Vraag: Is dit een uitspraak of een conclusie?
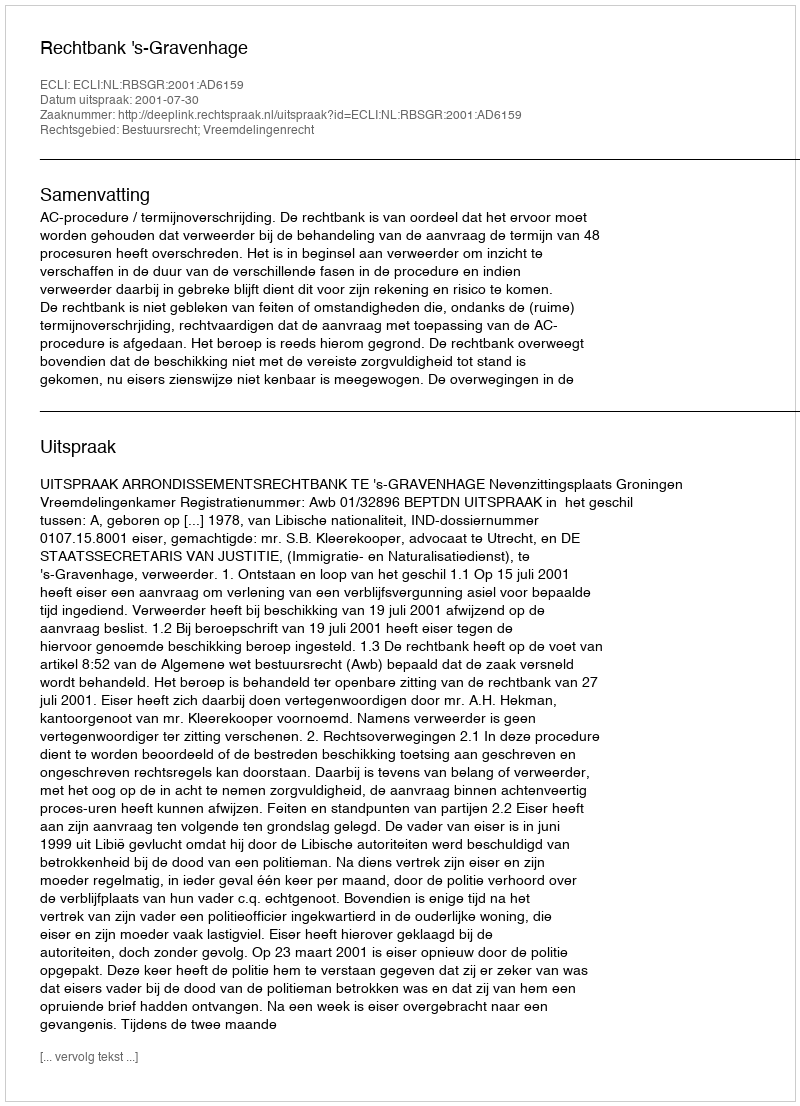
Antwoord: Uitspraak